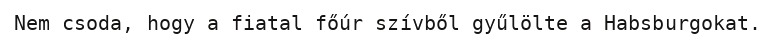
Nem csoda, hogy a fiatal főúr szívből gyűlölte a Habsburgokat.